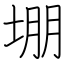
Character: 堋